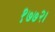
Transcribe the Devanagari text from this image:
१७७२।